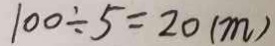
1 0 0 \div 5 = 2 0 ( m )